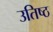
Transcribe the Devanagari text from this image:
उतिष्ठ